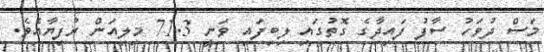
މަސް ދުވަހު ސާފު ފައިދާގެ ގޮތުގައި ލިބިފައި ވަނީ 71.3 މިލިއަން ރުފިޔާއެވެ.